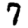
Digit: 7